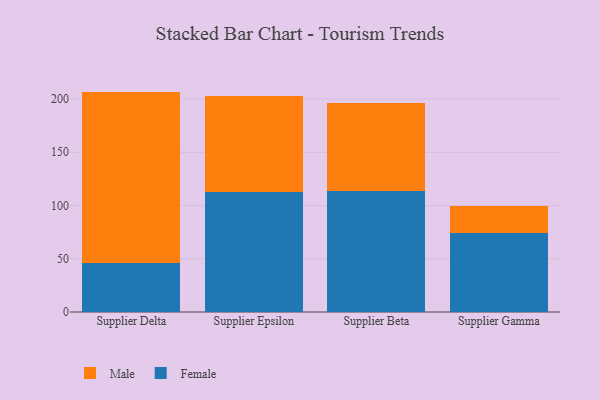
{"axis": {"x": "Supplier", "y": "LTV (USD)"}, "legend": ["Female", "Male"], "data": [{"x": "Supplier Delta", "y": 46.0, "type": "Female"}, {"x": "Supplier Delta", "y": 161.0, "type": "Male"}, {"x": "Supplier Epsilon", "y": 112.6, "type": "Female"}, {"x": "Supplier Epsilon", "y": 90.0, "type": "Male"}, {"x": "Supplier Beta", "y": 113.2, "type": "Female"}, {"x": "Supplier Beta", "y": 83.5, "type": "Male"}, {"x": "Supplier Gamma", "y": 74.1, "type": "Female"}, {"x": "Supplier Gamma", "y": 25.1, "type": "Male"}]}